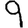
Digit: 9